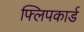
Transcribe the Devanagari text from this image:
फ्लिपकार्ड